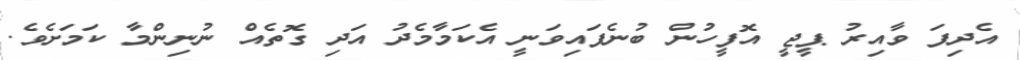
އެދިފަ ވާއިރު ޕީޖީ އޮފީހުން ބުނެފައިވަނީ އެކަމާމެދު އަދި ގޮތެއް ނުނިންމާ ކަމަށެވެ.